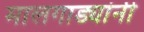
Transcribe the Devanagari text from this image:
मालगाड्यांनी